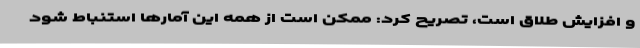
و افزایش طلاق است، تصریح کرد: ممکن است از همه این آمارها استنباط شود